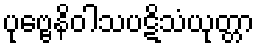
ပုဗ္ဗေနိဝါသပဋိသံယုတ္တာ